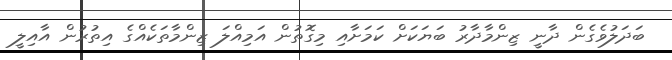
ބަދަލުވެގެން ދާނީ ޒިންމާދާރު ބަޔަކަށް ކަމަށާއި މިގޮތުން އަމިއްލަ ޒިންމާތަކެއްގެ އިތުރުން އާއިލީ